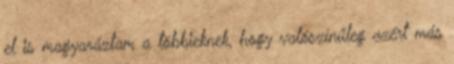
el is magyaráztam a többieknek, hogy valószínűleg azért más